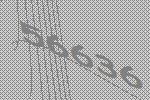
56636